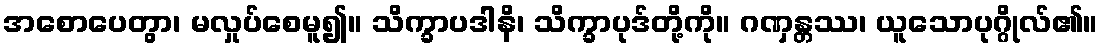
အစောပေတွာ၊ မလှုပ်စေမူ၍။ သိက္ခာပဒါနိ၊ သိက္ခာပုဒ်တို့ကို။ ဂဏှန္တဿ၊ ယူသောပုဂ္ဂိုလ်၏။